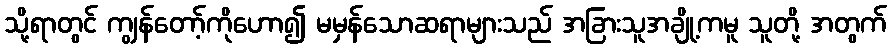
သို့ရာတွင် ကျွန်တော့်ကိုဟော၍ မမှန်သောဆရာများသည် အခြားသူအချို့ကမူ သူတို့ အတွက်